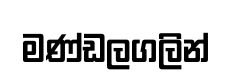
මණ්ඩලගලින්